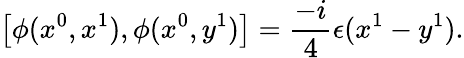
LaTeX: \left[\phi(x^{0},x^{1}),\phi(x^{0},y^{1})\right]=\frac{-i}{4}\epsilon(x^{1}-y^{1}).